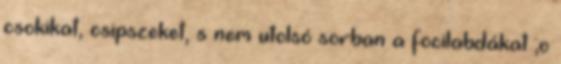
csokikat, csipszeket, s nem utolsó sorban a focilabdákat ;o